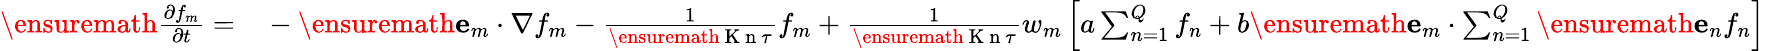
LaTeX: \begin{array}{rl}{\ensuremath{\frac{\partial f_{m}}{\partial t}}=}&{{}-\ensuremath{\mathbf{e}}_{m}\cdot\nabla f_{m}-\frac{1}{\ensuremath{\mathrm{~K~n~}}\tau}f_{m}+\frac 1{\ensuremath{\mathrm{~K~n~}}\tau}w_{m}\left[a\sum_{n=1}^{Q}f_{n}+b\ensuremath{\mathbf{e}}_{m}\cdot\sum_{n=1}^{Q}\ensuremath{\mathbf{e}}_{n}f_{n}\right]}\end{array}